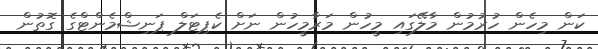
ކަން މިހެން ހުރުުމުން މާލޭގައި މީހުން މަރާމީހުން ނަށް ކެޕިޓަލް ޕަނިޝްމެންޓްގެ ގޮތުން